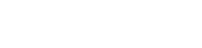
ကျောင်းတက်ကြရတာပါ။